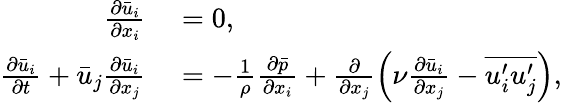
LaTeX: \begin{array}{rl}{\frac{\partial\bar{u}_{i}}{\partial x_{i}}}&{{}=0,}\\ {\frac{\partial\bar{u}_{i}}{\partial t}+\bar{u}_{j}\frac{\partial\bar{u}_{i}}{\partial x_{j}}}&{{}=-\frac{1}{\rho}\frac{\partial\bar{p}}{\partial x_{i}}+\frac{\partial}{\partial x_{j}}\left(\nu\frac{\partial\bar{u}_{i}}{\partial x_{j}}-\overline{{u_{i}^{\prime}u_{j}^{\prime}}}\right),}\end{array}